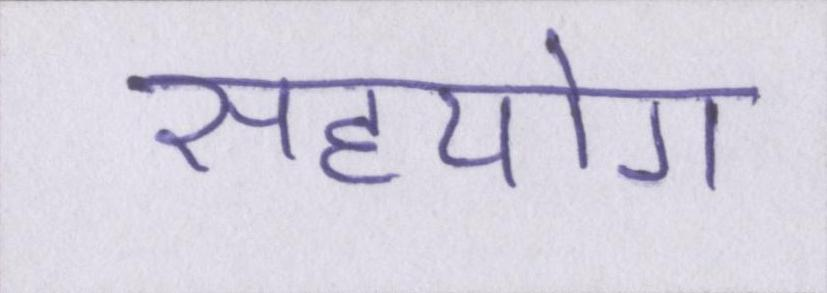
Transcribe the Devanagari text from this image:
सहयोग